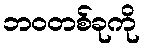
ဘဝတစ်ခုကို